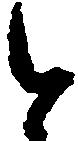
と